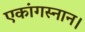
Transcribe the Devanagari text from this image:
एकांगस्नान।